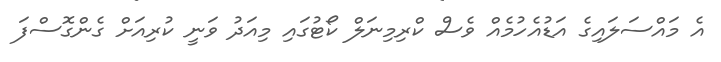
އެ މައްސަލައިގެ އަޑުއެހުމެއް ވެސް ކްރިމިނަލް ކޯޓުގައި މިއަދު ވަނީ ކުރިއަށް ގެންގޮސްފަ